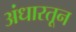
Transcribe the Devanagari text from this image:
अंधारतून